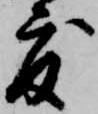
度